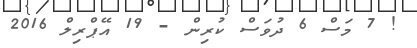
! 7 މަސް 6 ދުވަސް ކުރިން - 19 އޭޕްރިލް 2016